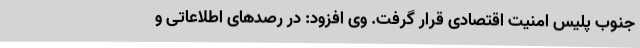
جنوب پلیس امنیت اقتصادی قرار گرفت. وی افزود: در رصدهای اطلاعاتی و